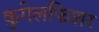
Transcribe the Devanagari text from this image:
कुगेलफिशर